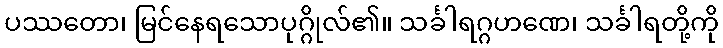
ပဿတော၊ မြင်နေရသောပုဂ္ဂိုလ်၏။ သင်္ခါရဂ္ဂဟဏေ၊ သင်္ခါရတို့ကို